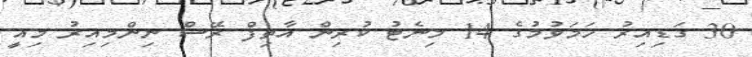
30 ގަޑިއިރު ހަމަވުމުގެ 14 މިނެޓު ކުރިން އާތިފް ރޭސް ނިންމިއިރު މިއީ